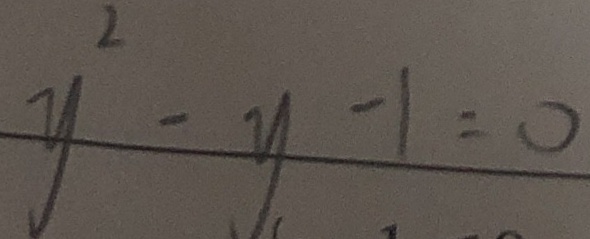
y ^ { 2 } - y - 1 = 0